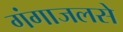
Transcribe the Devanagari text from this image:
गंगाजलसे